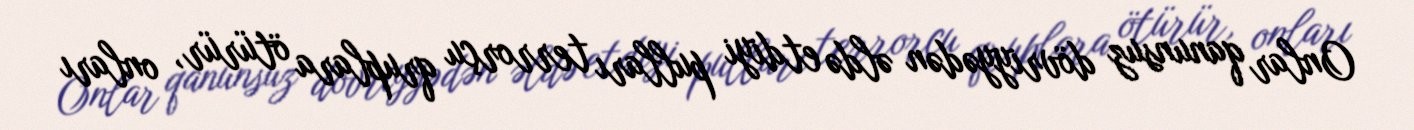
Onlar qanunsuz dövriyyədən əldə etdiyi pulları terrorçu qruplara ötürür, onları